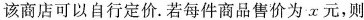
该商店可以自行定价。若每件商品售价为x元，则